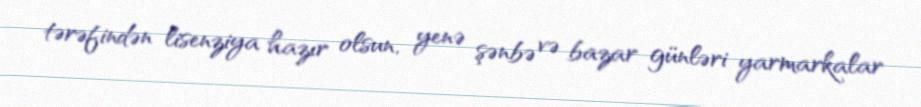
tərəfindən lisenziya hazır olsun, yenə şənbə və bazar günləri yarmarkalar